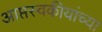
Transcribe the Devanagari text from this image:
आप्तस्वकीयांच्या